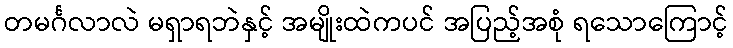
တမင်္ဂလာလဲ မရှာရဘဲနှင့် အမျိုးထဲကပင် အပြည့်အစုံ ရသောကြောင့်